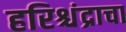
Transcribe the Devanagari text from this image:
हरिश्चंद्राचा